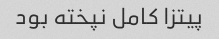
پیتزا کامل نپخته بود